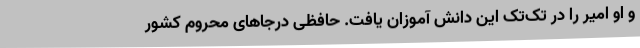
و او امیر را در تک‌تک این دانش آموزان یافت. حافظی درجاهای محروم کشور